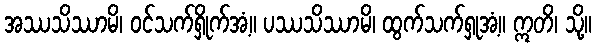
အဿသိဿာမိ၊ ဝင်သက်ရှိုက်အံ့။ ပဿသိဿာမိ၊ ထွက်သက်ရှုအံ့။ ဣတိ၊ သို့။